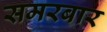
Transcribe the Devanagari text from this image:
समरबार